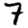
Digit: 7